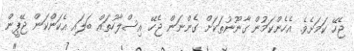
ޖެހޭ ކަަމަށެވެ. އެހެންކަމުން ގާނޫނުތަކަށް ގެންނަން ޖެހޭ އިސްލާހުތައް ބަލައި އެކަންކަން ޖޭޕީން